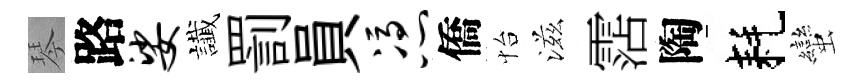
琴路娑䜟罰員凭僑怡滋霑陶耗蠻